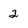
Character: 2